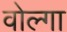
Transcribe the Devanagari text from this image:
वोल्‍गा